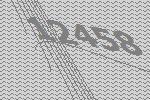
12458